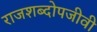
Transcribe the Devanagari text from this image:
राजशब्दोपजीवी